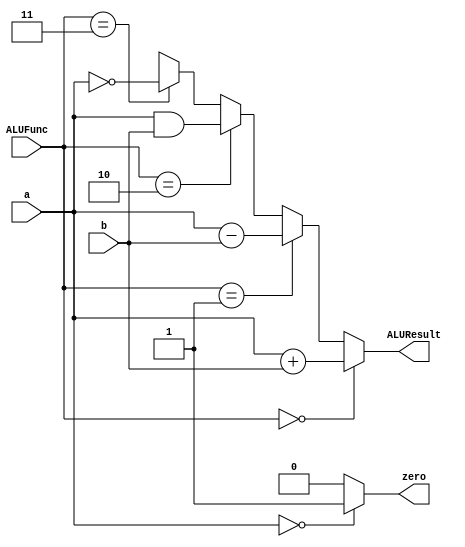

`define FUNC_ADD 2'b00
`define FUNC_SUB 2'b01
`define FUNC_AND 2'b10
`define FUNC_NOT 2'b11

module alu(ALUFunc, a, b,
			zero, ALUResult);
	input wire[1:0] ALUFunc;
	input wire[15:0] a, b;
	output wire zero;
	output wire[15:0] ALUResult;

	assign ALUResult = (ALUFunc == `FUNC_ADD) ? a + b :
								(ALUFunc == `FUNC_SUB) ? a - b :
								(ALUFunc == `FUNC_AND) ? a & b :
								(ALUFunc == `FUNC_NOT) ? ~a :
								16'bx;

	assign zero = (a == 16'b0) ? 1'b1 : 1'b0;

endmodule // alu